Indian journal of veterinary science and animal husbandry - Volume 5,
Year: 1935
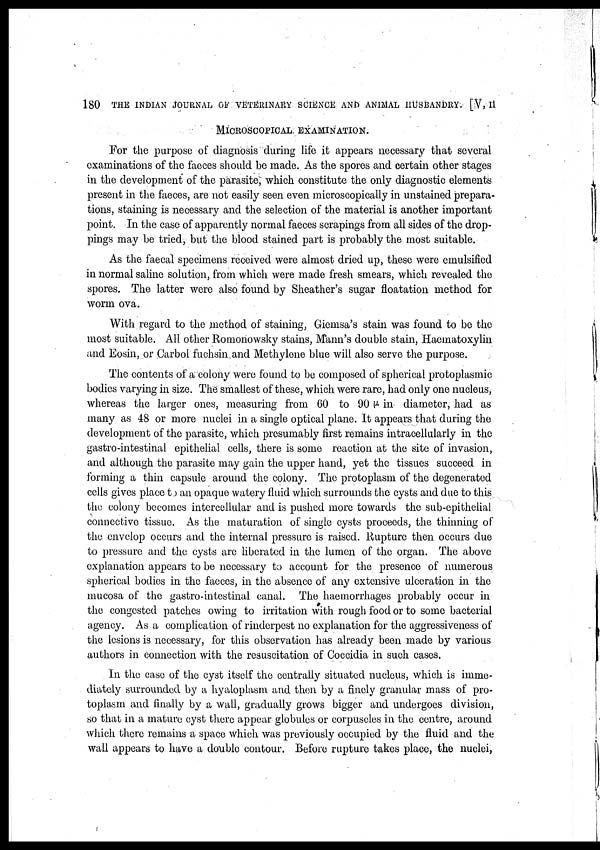
180 THE INDIAN JOURNAL OF VETERINARY SCIENCE AND ANIMAL HUSBANDRY. [V, II
MICROSCOPICAL EXAMINATION.
For the purpose of diagnosis during life it appears necessary that several
examinations of the faeces should be made. As the spores and certain other stages
in the development of the parasite, which constitute the only diagnostic elements
present in the faeces, are not easily seen even microscopically in unstained prepara
tions, staining is necessary and the selection of the material is another important
point. In the case of apparently normal faeces scrapings from all sides of the drop
pings may be tried, but the blood stained part is probably the most suitable.
As the faecal specimens received were almost dried up, these were emulsified
in normal saline solution, from which were made fresh smears, which revealed the
spores. The latter were also found by Sheather's sugar floatation method for
worm ova.
With regard to the method of staining, Giemsa's stain was found to be the
most suitable. All other Romonowsky stains, Mann's double stain, Haematoxylin
and Eosin, or Carbol fuchsin and Methylene blue will also serve the purpose.
The contents of a colony were found to be composed of spherical protoplasmic
bodies varying in size. The smallest of these, which were rare, had only one nucleus,
whereas the larger ones, measuring from 60 to 90 μ in diameter, had as
many as 48 or more nuclei in a single optical plane. It appears that during the
development of the parasite, which presumably first remains intracellularly in the
gastro-intestinal epithelial cells, there is some reaction at the site of invasion,
and although the parasite may gain the upper hand, yet the tissues succeed in
forming a thin capsule around the colony. The protoplasm of the degenerated
cells gives place to an opaque watery fluid which surrounds the cysts and due to this
the colony becomes intercellular and is pushed more towards the sub-epithelial
connective tissue. As the maturation of single cysts proceeds, the thinning of
the envelop occurs and the internal pressure is raised. Rupture then occurs due
to pressure and the cysts are liberated in the lumen of the organ. The above
explanation appears to be necessary to account for the presence of numerous
spherical bodies in the faeces, in the absence of any extensive ulceration in the
mucosa of the gastro-intestinal canal. The haemorrhages probably occur in
the congested patches owing to irritation with rough food or to some bacterial
agency. As a complication of rinderpest no explanation for the aggressiveness of
the lesions is necessary, for this observation has already been made by various
authors in connection with the resuscitation of Coccidia in such cases.
In the case of the cyst itself the centrally situated nucleus, which is imme
diately surrounded by a hyaloplasm and then by a finely granular mass of pro
toplasm and finally by a wall, gradually grows bigger and undergoes division,
so that in a mature cyst there appear globules or corpuscles in the centre, around
which there remains a space which was previously occupied by the fluid and the
wall appears to have a double contour. Before rupture takes place, the nuclei,